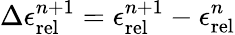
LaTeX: \Delta\epsilon_{\mathrm{rel}}^{n+1}=\epsilon_{\mathrm{rel}}^{n+1}-\epsilon_{\mathrm{rel}}^{n}